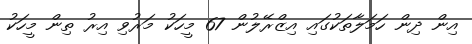
އިން ދިން ހަމަލާތަކުގައި އިޒްރޭލުން 67 މީހަކު މަރުވި އިރު ތިން މީހަކު